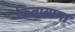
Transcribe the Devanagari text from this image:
कितायामा